Annual vaccination report of Bihar and Orissa - 1911-1928
Year: 1911
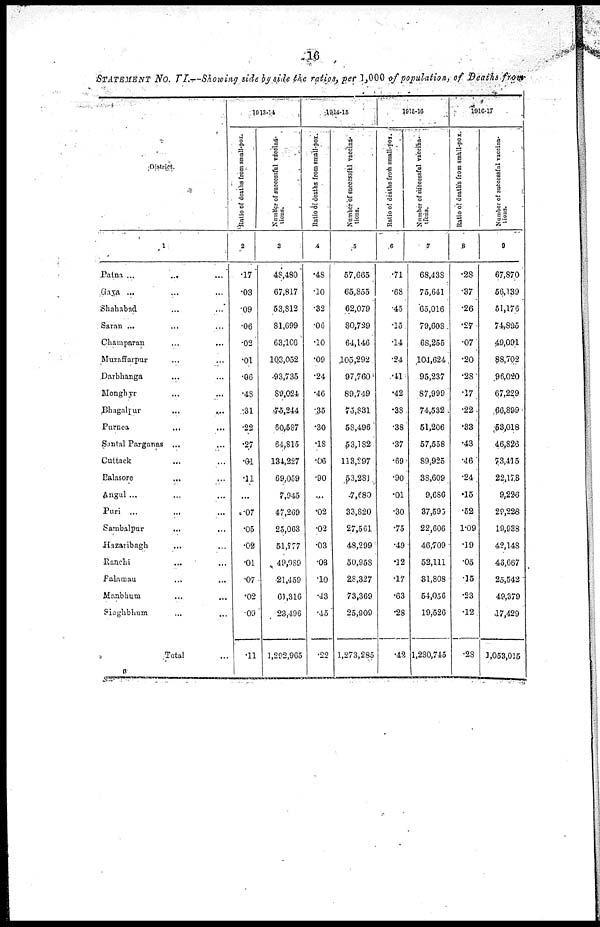
16
STATEMENT No. VI.—Showing side by side the ratios, per 1,000 of population, of Deaths from
District.
1
Patna ...
...
...
Gaya ... ... ...
Shahabad ... ...
Saran ... ... ...
Champaran ... ...
Muzaffarpur ... ...
Darbhanga ... ...
Monghyr ... ...
Bhagalpur
...
...
Purnea
...
...
Santal Parganas ... ...
Cuttack ... ...
Balasore
... ...
Angul ... ... ...
Puri ... ... ...
Sambalpur
... ...
Hazaribagh ... ...
Ranchi ... ...
Palamau ... ...
Manbhum ... ...
Singhbhum
... ...
Total ...
1913-14
Ratio
of deaths from small-pox.
2
.17
.03
.09
.06
.02
.01
.06
.48
.31
.22
.27
.01
.11
...
.07
.05
.02
.01
.07
.02
.09
.11
Number
of successful vaccina-
tions.
3
48,480
67,817
53,812
81,699
63,100
103,052
93,735
89,024
75,244
60,587
64,815
134,227
69,059
7,945
47,269
25,063
51,777
49,989
21,459
61,316
23,496
1,292,965
1914-15
Ratio of deaths from small-pox.
4
.48
.10
.32
.06
.10
.09
.24
.46
.35
.30
.18
.06
.90
...
.02
.02
.03
.03
.10
.43
.45
.22
Number of successful vaccina-
tions.
5
57,665
65,855
62,079
80,729
64,146
105,292
97,760
89,749
75,831
58,496
53,182
113,297
53,281
7,680
33,820
27,561
48,299
50,958
28,327
73,369
25,909
1,273,285
1915-16
Ratio of deaths from small-pox
6
.71
.68
.45
.15
.14
.24
.41
.42
.38
.38
.37
.69
.90
.01
.30
.75
.49
.12
.17
.63
.28
.42
Number of successful vaccina-
tions.
7
68,438
75,641
65,016
79,608
68,255
104,624
95,237
87,999
74,532
51,206
57,558
89,925
38,609
9,686
37,595
22,606
46,709
52,111
31,808
54,056
19,526
1,230,745
1916-17
Ratio of deaths from small-pox.
8
.28
.37
.26
.27
.07
.20
.28
.17
.22
.33
.43
.46
.24
.15
.52
1.09
.19
.05
.15
.23
.12
.28
Number of successful vaccina-
tions.
9
67,870
56,139
51,176
74,895
49,091
88,702
96,020
67,229
66,899
53,018
46,826
73,415
22,178
9,226
29,228
19,938
42,148
46,667
25,542
49,379
17,429
1,053,015